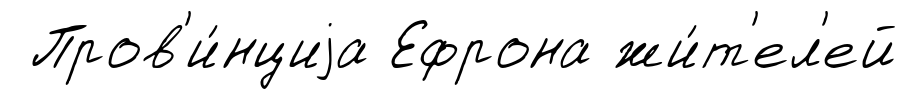
Пров'и́нциjа Ефрона жи́т'ел'ей